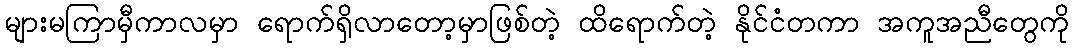
များမကြာမှီကာလမှာ ရောက်ရှိလာတော့မှာဖြစ်တဲ့ ထိရောက်တဲ့ နိုင်ငံတကာ အကူအညီတွေကို